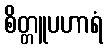
စိတ္တူပဟာရံ